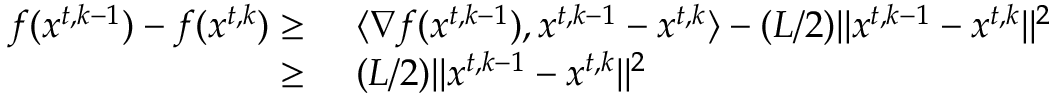
\begin{array} { r l } { f ( { x } ^ { t , k - 1 } ) - f ( { x } ^ { t , k } ) \ge \ } & { \langle \nabla f ( { x } ^ { t , k - 1 } ) , { x } ^ { t , k - 1 } - { x } ^ { t , k } \rangle - ( L / 2 ) \| { x } ^ { t , k - 1 } - { x } ^ { t , k } \| ^ { 2 } } \\ { \ge \ } & { ( L / 2 ) \| { x } ^ { t , k - 1 } - { x } ^ { t , k } \| ^ { 2 } } \end{array}